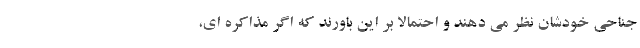
جناحی خودشان نظر می دهند و احتمالا بر این باورند که اگر مذاکره ای،